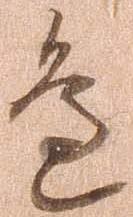
辺